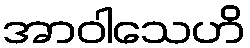
အာဝါသေဟိ